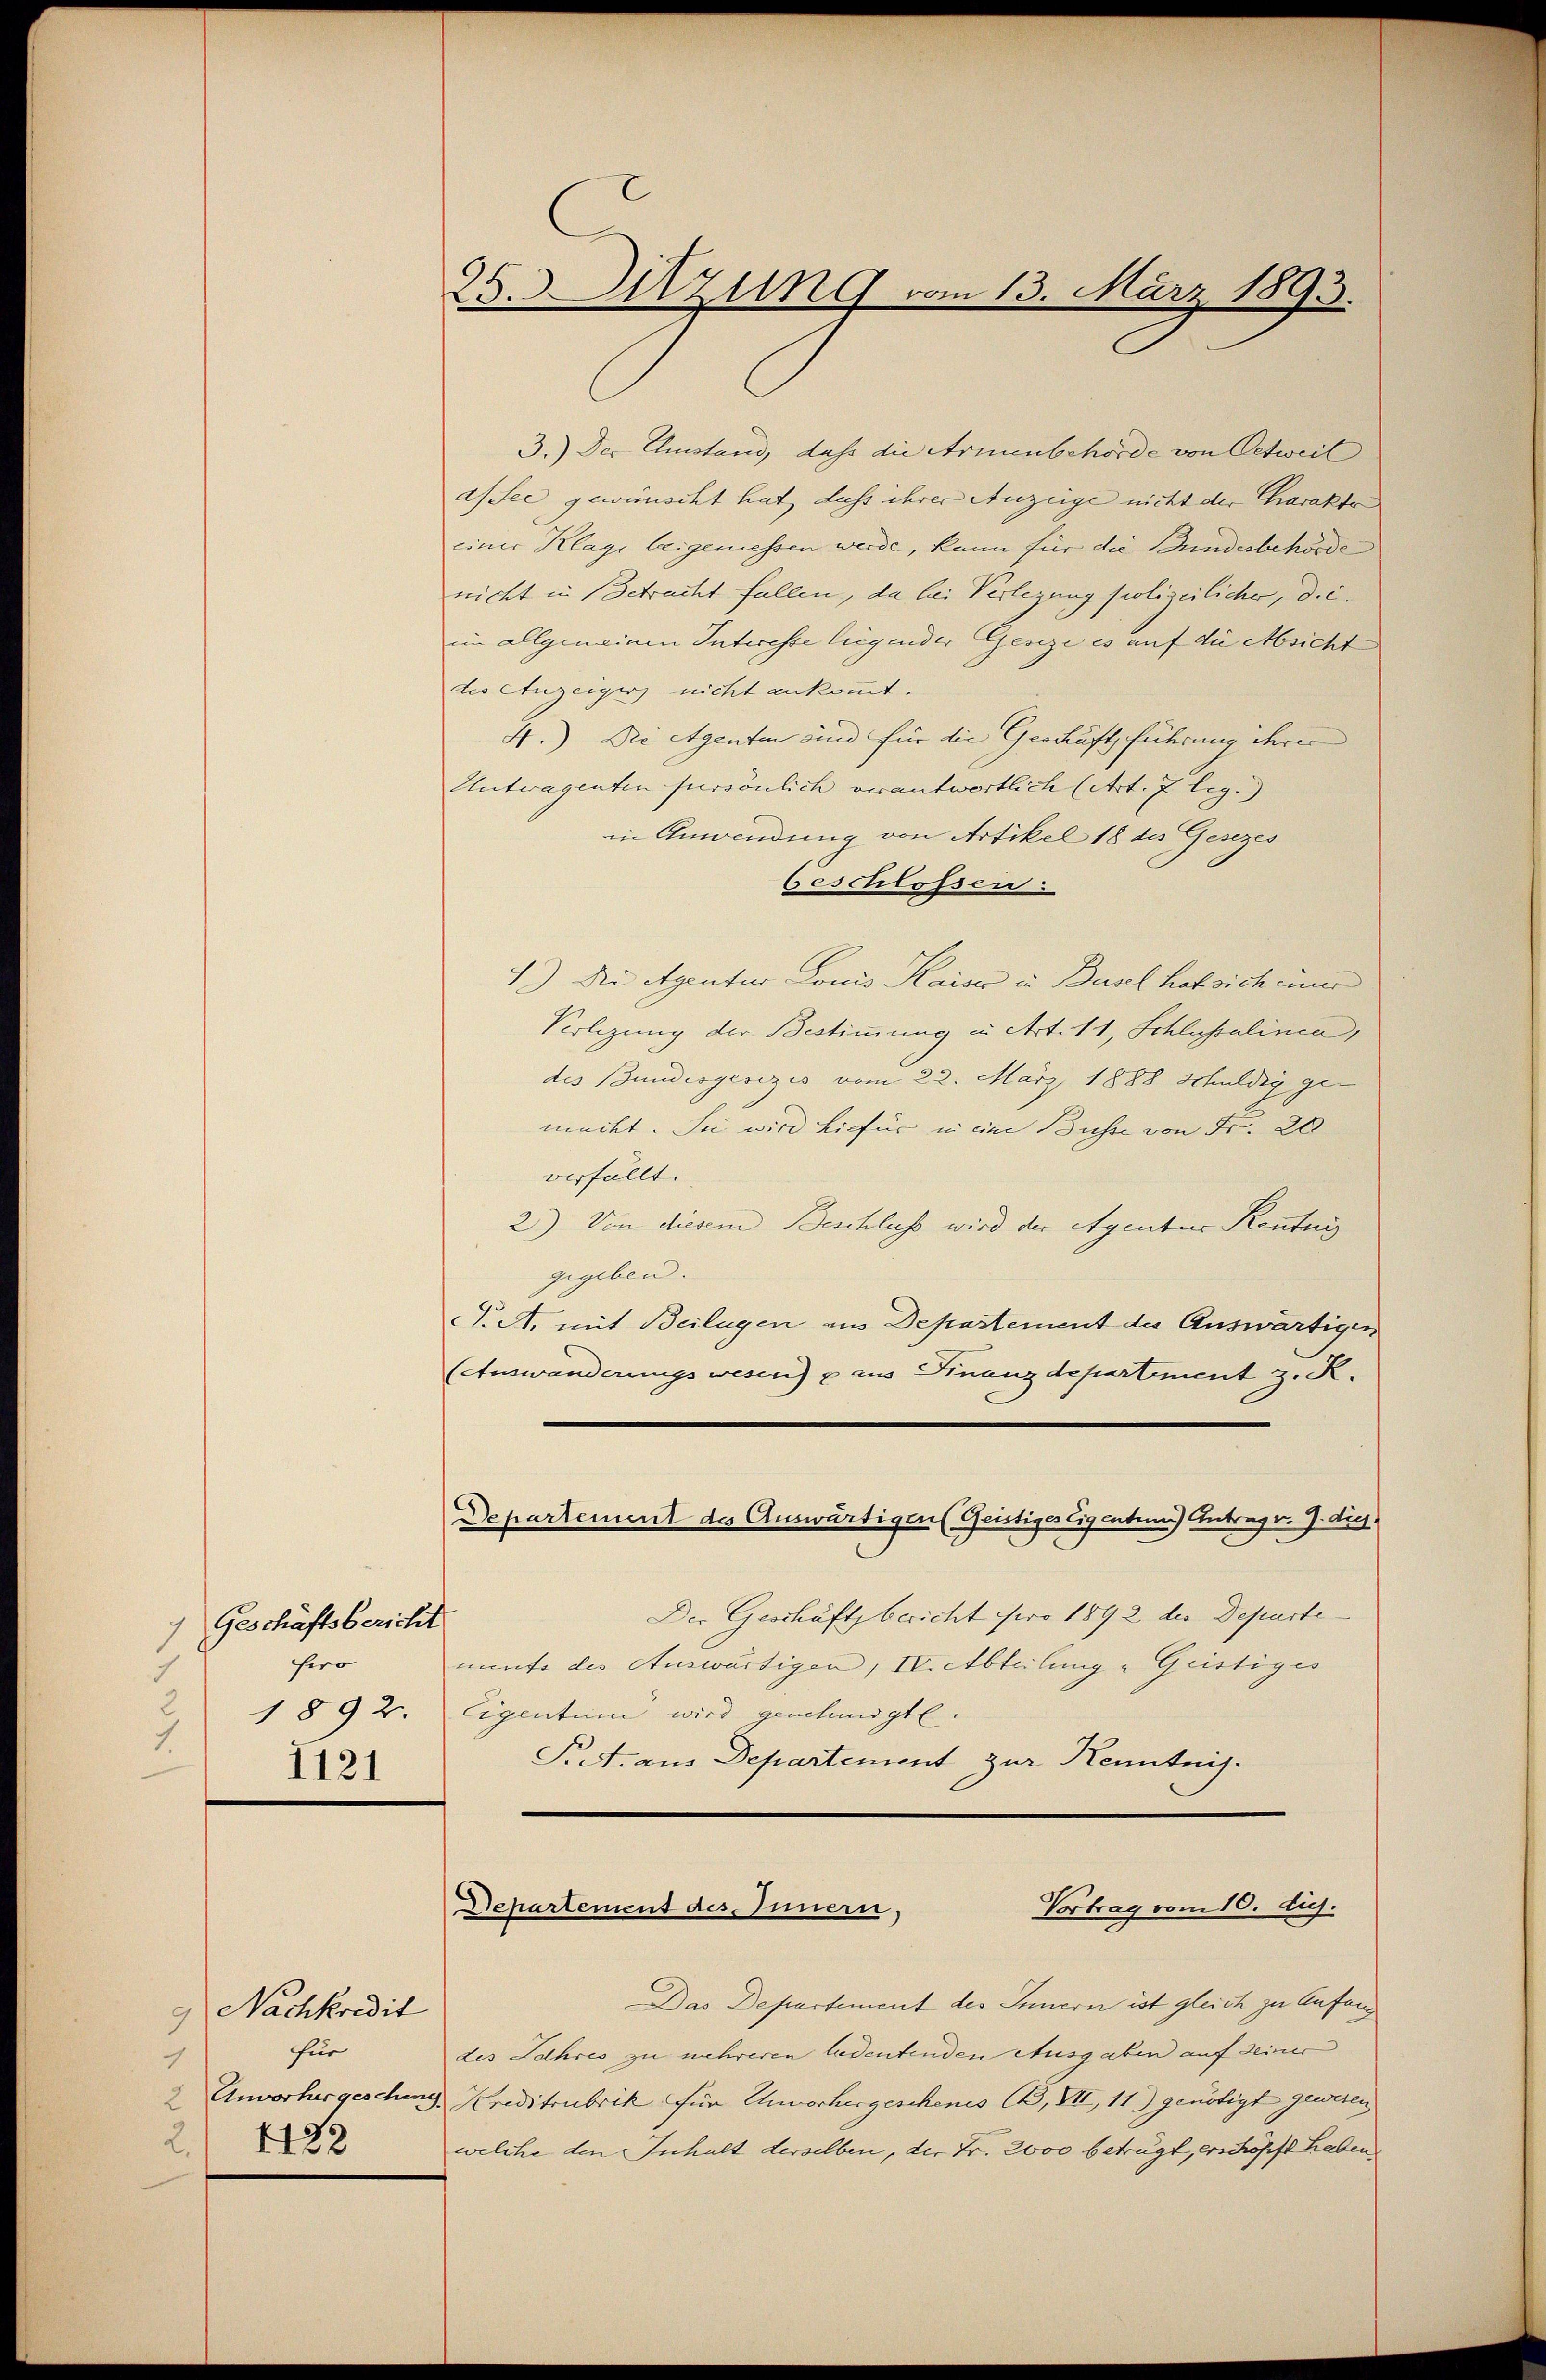
Geschäftsbericht
1
hero
1892.
1.
1121

Nachkredit
für
4
2. 4122

3.) Der Einstand, daß die Armenbehörde von Oetweil
a/See gewünscht hat, dass ihrer Anzeige nicht der Charakte
einer Klage beigeniessen werde, kann für die Bundesbehörde
nicht in Betracht fallen, da bei Verlegung polizeilicher, dieim allgemeinen Interesse liegender Geseze es auf die Absicht
des Anzeigers nicht ankommt.
4.) Die Agenten sind für die Geschäft führung ihrer
Untwagenten persönlich verantwortlich (Art. 7 leg.)
in Anwendung von Artikel 18 des Gesezes
beschlossen:
1.) Die Agentur Louis Kaiser in Basel hab sich einer
Voligung der Bestimmung in Art. 11, Schlussalinca,
des Bundesgesezes vom 22. März 1888 Schuldig ge-
mückt. Sie wird hiefür in eine Bühne von Fr. 20
verfällt.
2.) Von diesem Beschluss wird der Agentur Renten
gegeben. |
J. A. mit Beilagen aus Departement des Auswärtigen
(Auswanderungswesen) p aus Finanzdepartement z. R.
Departement des Auswärtigen (Geistiges Eigenten) Antrag v. J. dies
Der Geschäftsbericht pro 1892 der Departennnte des Auswärtigen, IV. Abteilung - Geistiges
Eigentum wird genehmigt.
Prett. aus Departement zur Kenntnis.

25. Sitzung vom 13. März 1893.

Das Departement des Innern ist gleich zu Anfang
des Jahres zu mehreren ludentenden Ausgaben auf deiner
2 Unvorhergeschens Kreditrubrik für Unvorhergeschenes BB, VII, 11) genötigt gewesen
welche den Inhalt derselben, der Fr. 2000 betrügt, erschöpft haben

Vortrag vom 10. die.
Departement des Innern,